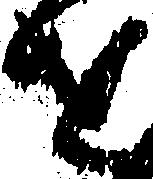
を